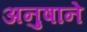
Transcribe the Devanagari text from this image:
अनुषाने